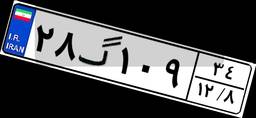
۲۸گ۱۰۹۳۴